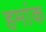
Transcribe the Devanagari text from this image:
हमांक